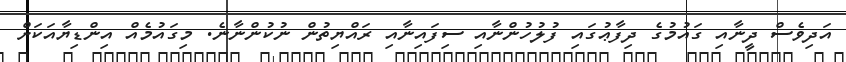
އަދިވެސް ދީނާއި ގައުމުގެ ދިފާޢުގައި ފުލުހުންނާއި ސިފައިނާއި ރައްޔިތުން ނުކުންނާނެ. މިގައުމެއް އިންޑިޔާއަކަށް